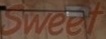
Sweet